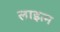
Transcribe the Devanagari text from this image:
लाइत्न